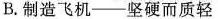
B.制造飞机——坚硬而质轻